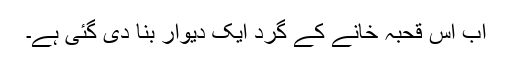
اب اس قحبہ خانے کے گرد ایک دیوار بنا دی گئی ہے۔